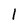
Character: 1